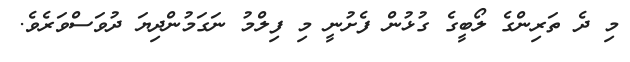
މި ދެ ތަރިންގެ ލޯބީގެ ގުޅުން ފެށުނީ މި ފިލްމު ނަގަމުންދިޔަ ދުވަސްވަރެވެ.